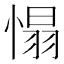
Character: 𢞠